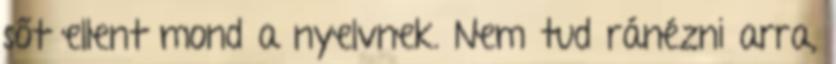
sőt ellent mond a nyelvnek. Nem tud ránézni arra,